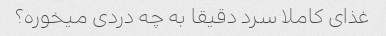
غذای کاملا سرد دقیقا به چه دردی میخوره؟